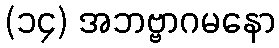
(၁၄) အဘဗ္ဗာဂမနော